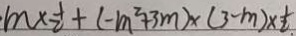
\cdot m \times \frac { 1 } { 2 } + ( - m ^ { 2 } + 3 m ) \times ( 3 - m ) \times \frac { 1 } { 2 . }